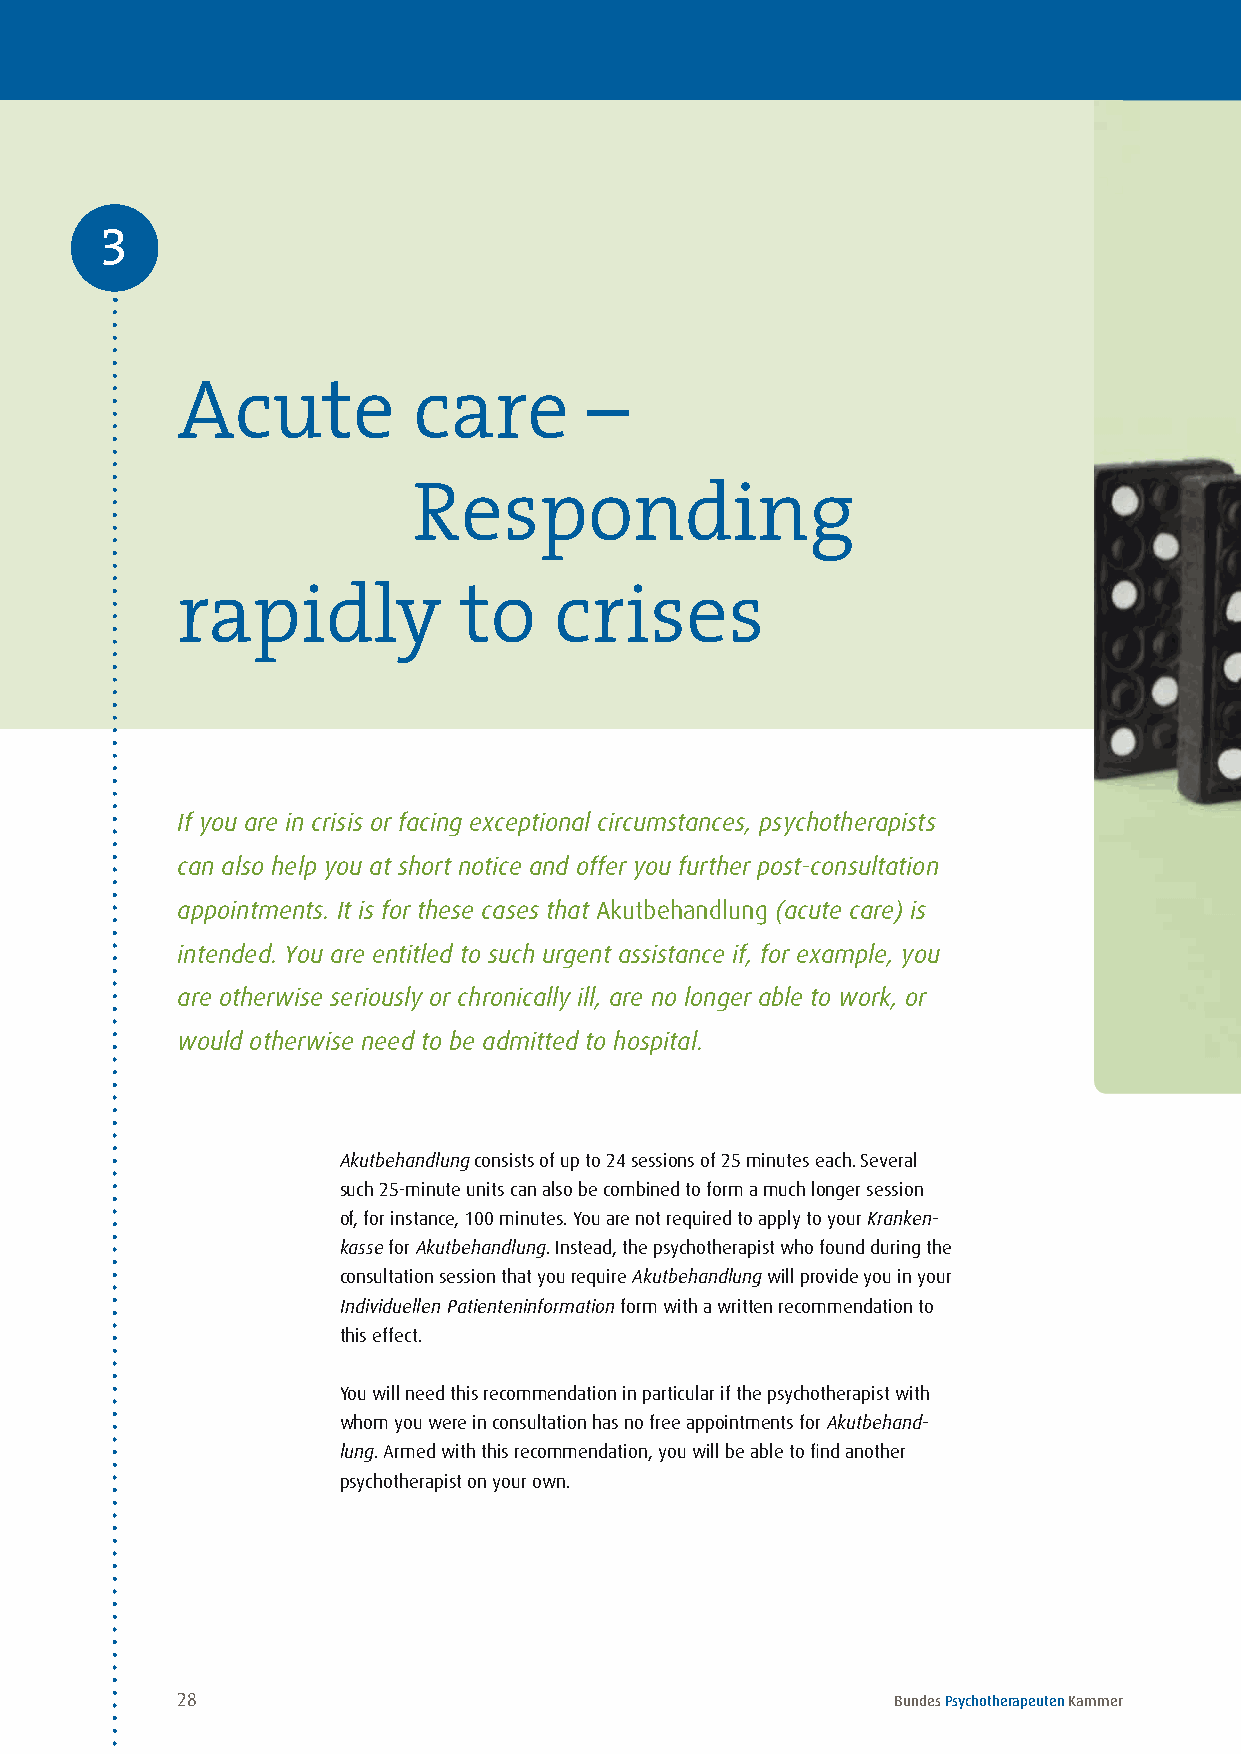
3
 Acute          care        –
 Responding
 rapidly           to     crises
 If you are in crisis or facing exceptional circumstances, psychotherapists
 can also help you at short notice and offer you further post-consultation
 appointments. It is for these cases that Akutbehandlung (acute care) is
 intended. You are entitled to such urgent assistance if, for example, you
 are otherwise seriously or chronically ill, are no longer able to work, or
 would otherwise need to be admitted to hospital.
 Akutbehandlung consists of up to 24 sessions of 25 minutes each . Several
 such 25-minute units can also be combined to form a much longer session
 of, for instance, 100 minutes . You are not required to apply to your Kranken-
 kasse for Akutbehand lung . Instead, the psychotherapist who found during the
 consultation session that you require Akutbehand lung will provide you in your
 Individuellen Patien teninformation form with a written recommendation to
 this effect .
 You will need this recommendation in particular if the psychotherapist with
 whom you were in consultation has no free appointments for Akutbehand-
 lung . Armed with this recommendation, you will be able to find another
 psychotherapist on your own .
 28                                             Bundes Psychotherapeuten Kammer